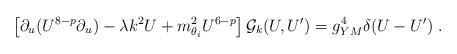
LaTeX: \begin{align*} \left[ \partial_u( U^{8-p} \partial_u) -\lambda k^2 U + m_{\theta_i}^2 U^{6-p} \right] {\cal G}_k(U,U^\prime) = g_{YM}^4 \delta(U-U^\prime)~.\end{align*}